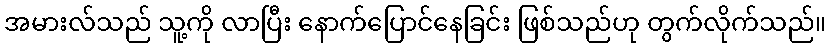
အမားလ်သည် သူ့ကို လာပြီး နောက်ပြောင်နေခြင်း ဖြစ်သည်ဟု တွက်လိုက်သည်။